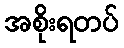
အစိုးရတပ်